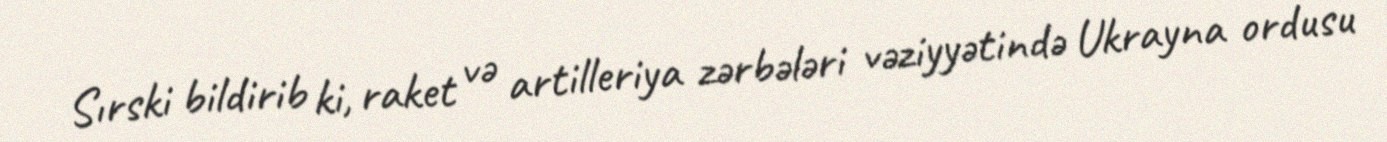
Sırski bildirib ki, raket və artilleriya zərbələri vəziyyətində Ukrayna ordusu